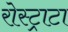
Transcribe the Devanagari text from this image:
रोस्ट्राटा